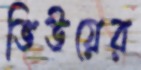
ভিউয়ের